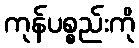
ကုန်ပစ္စည်းကို